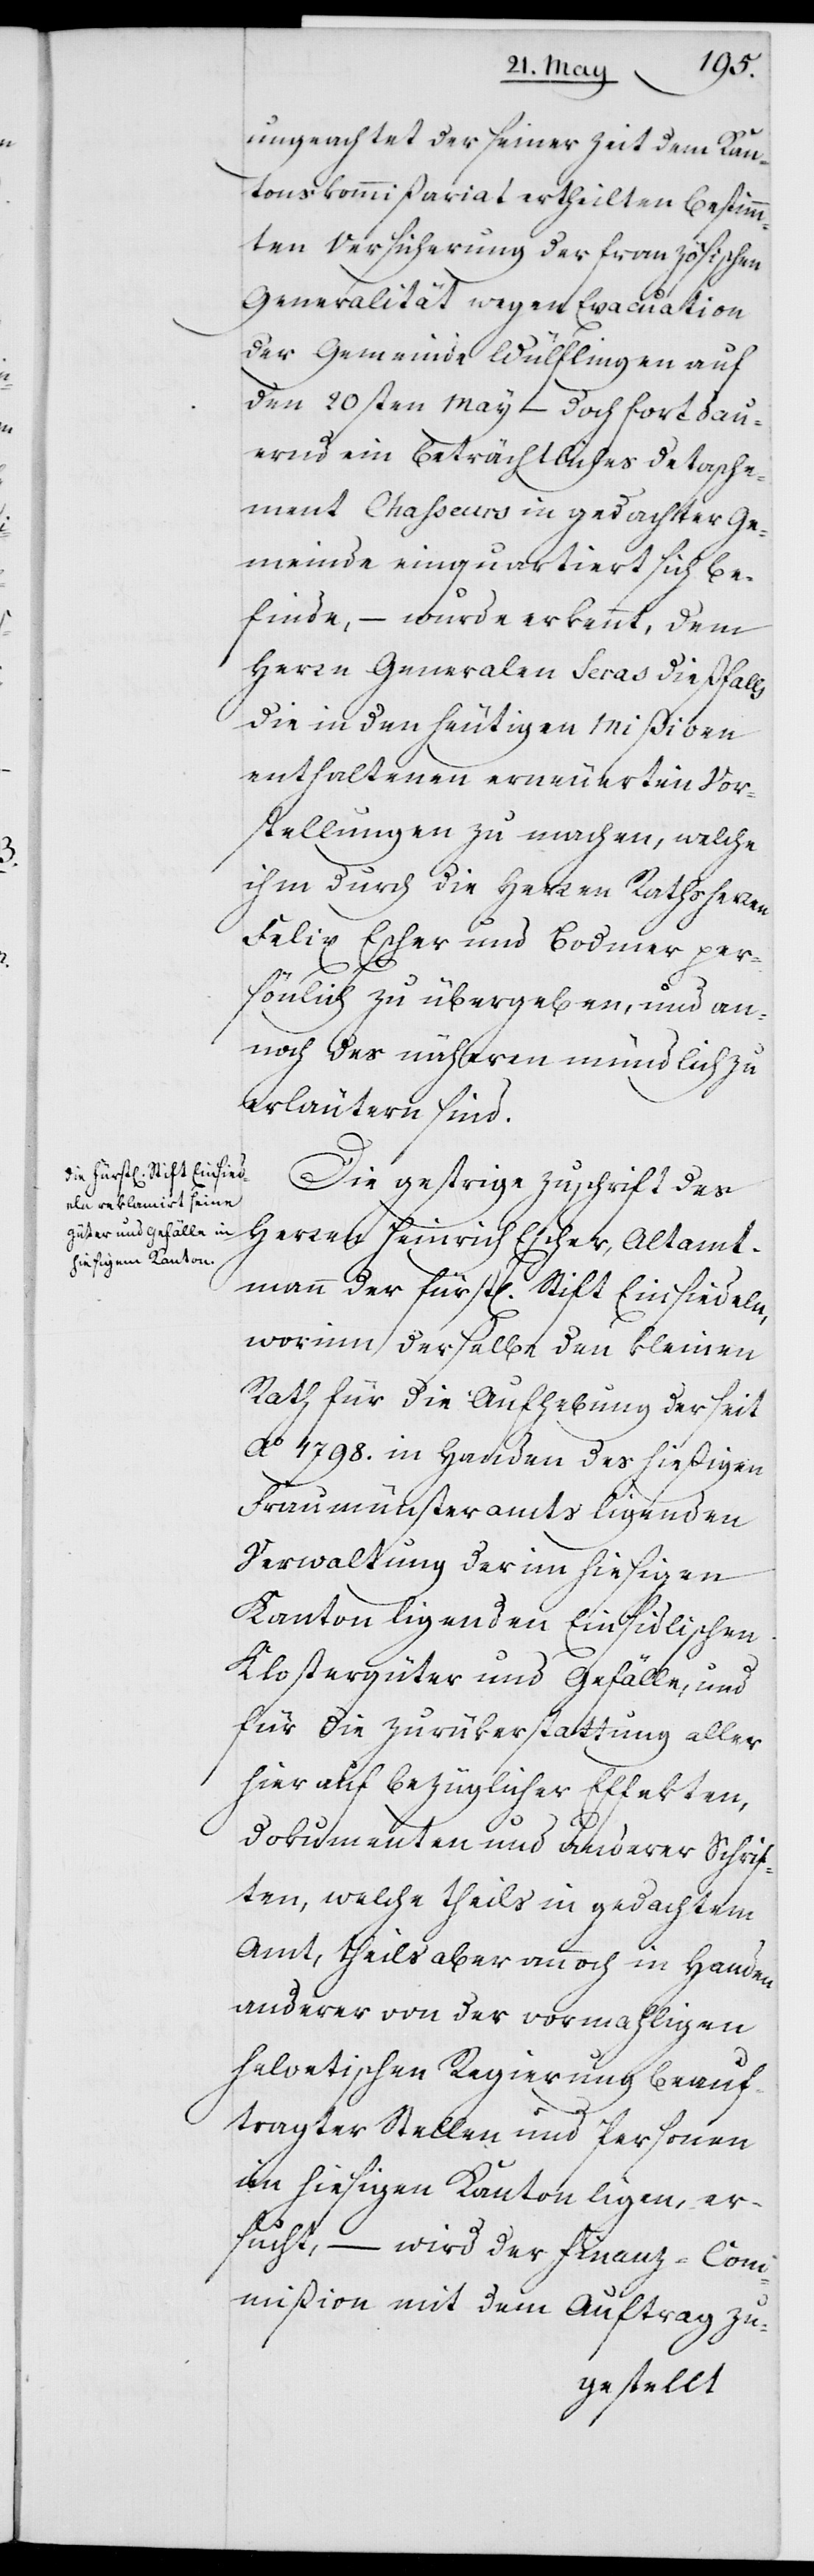
ungeachtet der seinerzeit dem Kan¬
tonskommißariat ertheilten bestimm¬
ten Versicherung der französischen
Generalität wegen Evacuation
der Gemeinde Wülflingen auf
den 20sten May – doch fortdau¬
ernd ein beträchtliches Detasche¬
ment Chasseurs in gedachter Ge¬
meinde einquartiert sich be¬
finde, – wurde erkannt, dem
Herrn Generalen Séras dießfalls
die in den heutigen Mißiven
enthaltenen erneuerten Vor¬
stellungen zu machen, welche
ihm durch die Herren Rathsherren
Felix Escher und Bodmer per¬
sönlich zu übergeben, und an¬
noch des näheren mündlich zu
erläutern sind.
Die gestrige Zuschrift des
Herren Heinrich Escher, Altamt¬
mann der fürstl. Stift Einsiedeln,
worinn derselbe den Kleinen
Rath für die Aufhebung der seit
Ao 1798. in Handen des hießigen
Fraumünsteramts ligenden
Verwaltung der im hiesigen
Kanton ligenden Einsidlischen
Klostergüter und Gefälle, und
für die Zurükerstattung aller
hierauf bezüglicher Effekten,
Dokumenten und anderer Schrif¬
ten, welche theils in gedachtem
Amt, theils aber annoch in Handen
anderer von der vormaligen
helvetischen Regierung beauf¬
tragter Stellen und Personen
im hiesigen Kanton ligen, er¬
sucht, – wird der Finanz-Co¬
mmißion mit dem Auftrag zu-